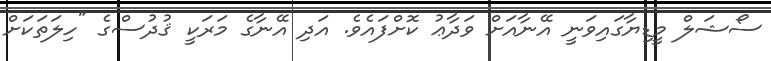
ސޯޝަލް މީޑިޔާގައިވަނީ އޭނާއަށް ވަދާޢު ކޮށްފައެވެ. އަދި އޭނާގެ މަރަކީ ޤުދުސްގެ "ހިލަތަކަށް